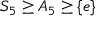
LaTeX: S _ { 5 } \geq A _ { 5 } \geq \lbrace e \rbrace